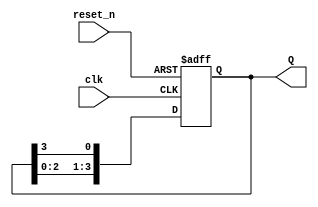
module async_ring_counter (
    input wire clk,       // Clock signal (not used for triggering, just for simulation)
    input wire reset_n,   // Active low asynchronous reset
    output reg [N-1:0] Q  // Output of the ring counter
);
    parameter N = 4;      // Number of flip-flops (change as needed)
    
    // Initial state - only the least significant bit is '1', others are '0'
    initial begin
        Q = 4'b0001; // Initial state for 4-bit counter
    end

    // Asynchronous reset and state update
    always @(posedge clk or negedge reset_n) begin
        if (!reset_n) begin
            Q <= 4'b0001; // Reset to initial state
        end else begin
            // Shift the ring
            Q <= {Q[N-2:0], Q[N-1]}; // Shift left and wrap around
        end
    end
endmodule